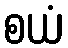
စယံ